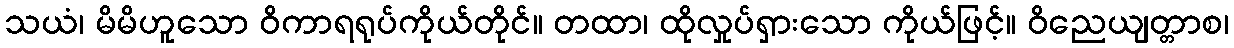
သယံ၊ မိမိဟူသော ဝိကာရရုပ်ကိုယ်တိုင်။ တထာ၊ ထိုလှုပ်ရှားသော ကိုယ်ဖြင့်။ ဝိညေယျတ္တာစ၊